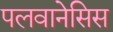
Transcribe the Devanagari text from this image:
पलवानेसिस